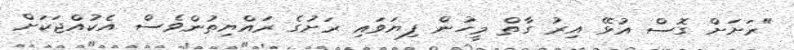
"ރަށަށް ގޮސް އުޅޭ އިރު ގާތް މީހުން ފިޔަވައި ރަށުގެ ރައްޔިތުންވެސް އެކުއްޖަކަށް